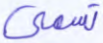
تسمى